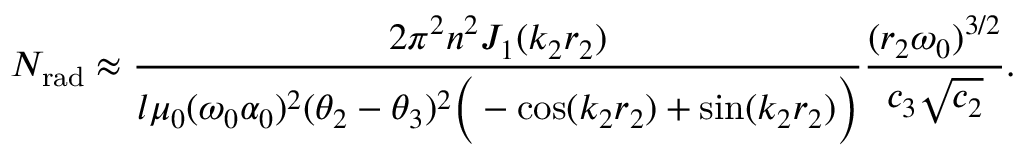
N _ { \mathrm { r a d } } \approx \frac { 2 \pi ^ { 2 } n ^ { 2 } J _ { 1 } ( k _ { 2 } r _ { 2 } ) } { l \mu _ { 0 } ( \omega _ { 0 } \alpha _ { 0 } ) ^ { 2 } ( \theta _ { 2 } - \theta _ { 3 } ) ^ { 2 } \Big ( - \cos ( k _ { 2 } r _ { 2 } ) + \sin ( k _ { 2 } r _ { 2 } ) \Big ) } \frac { ( r _ { 2 } \omega _ { 0 } ) ^ { 3 / 2 } } { c _ { 3 } \sqrt { c _ { 2 } } } .